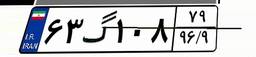
۶۳گ۱۰۸۷۹